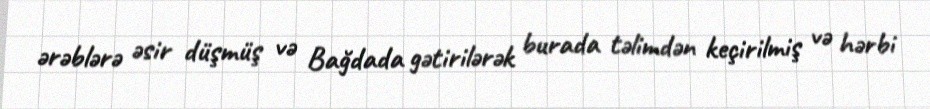
ərəblərə əsir düşmüş və Bağdada gətirilərək burada təlimdən keçirilmiş və hərbi